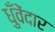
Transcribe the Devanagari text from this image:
धुँवेंदार